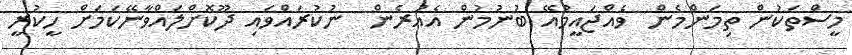
މީސްތަކުން ތިމަންމެން  ވެއްޖައީމުއޭ ބުނުމުން އެއުރެން  ނުކުރައްވައި ދޫކޮށްލައްވާނޭކަމަށް ހީކުރީ